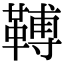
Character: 𩌏